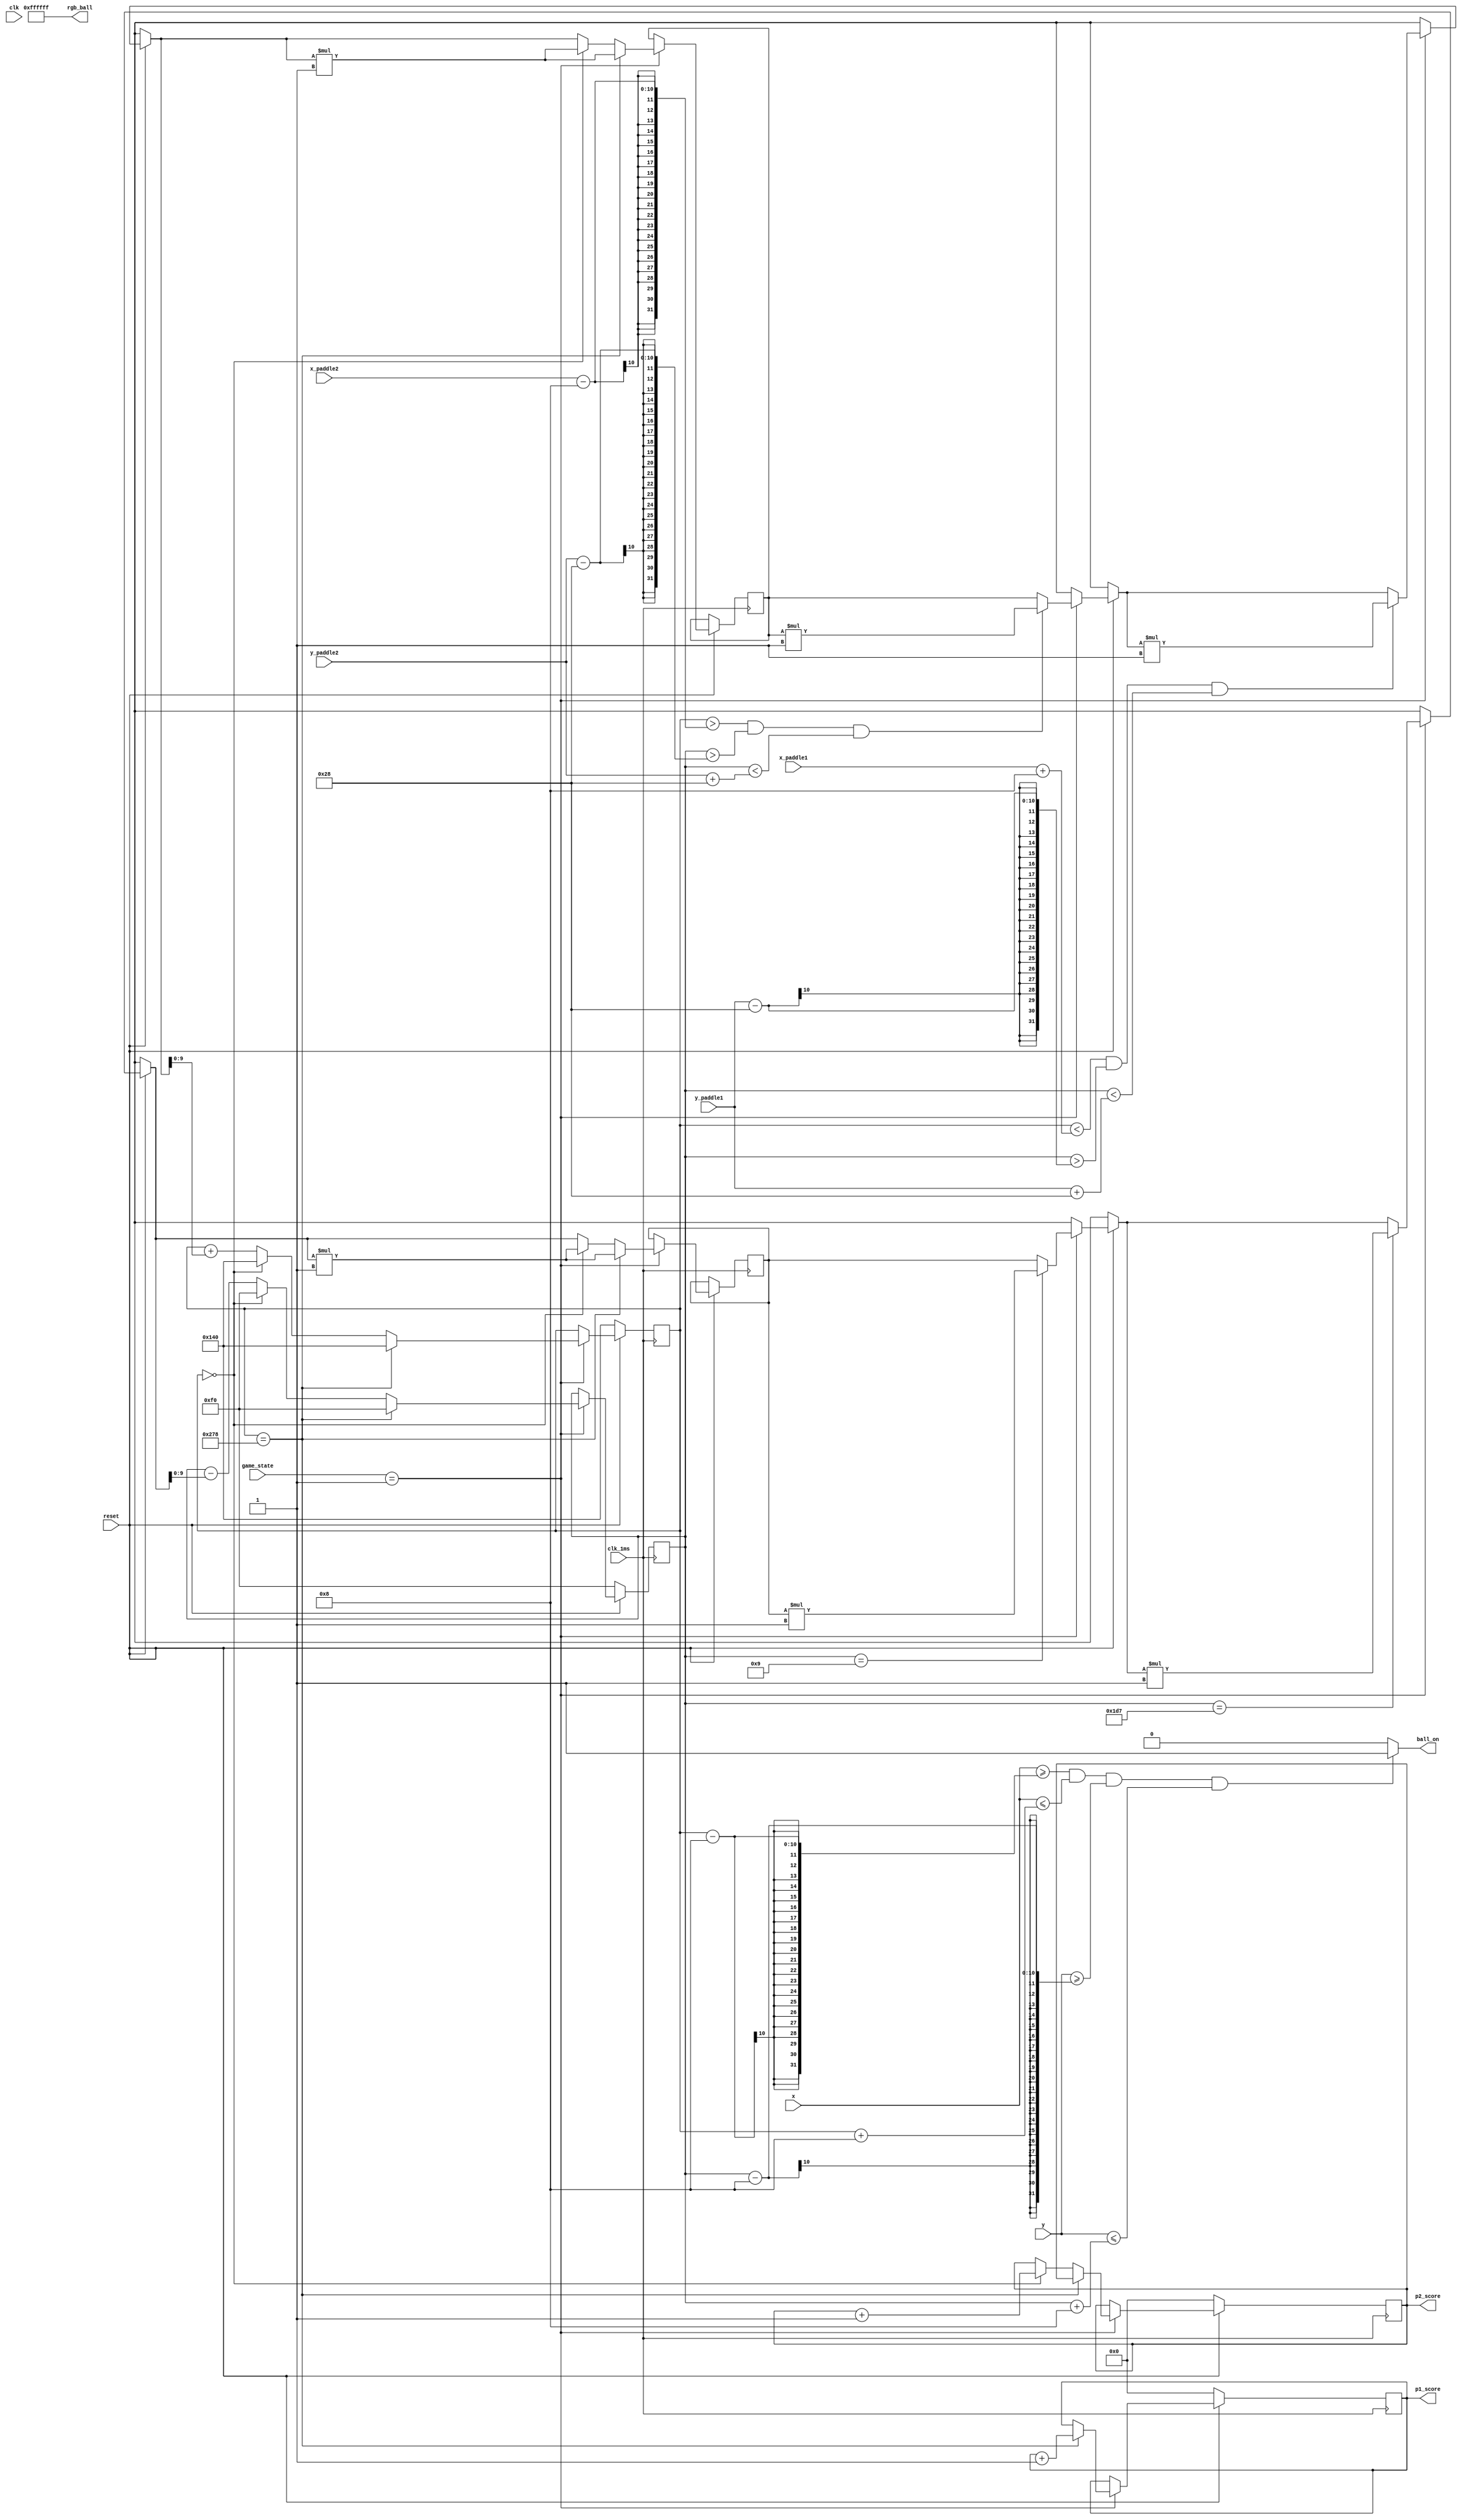
//Make it pretty at the end using variables
module ball(
	input clk,clk_1ms,reset,
	input [9:0] x, y,
	output ball_on,
	output [23:0] rgb_ball,
	input [9:0] x_paddle1, x_paddle2, y_paddle1, y_paddle2,
	output reg [3:0]  p1_score, p2_score,
	input [1:0] game_state
	);
		
	localparam H_ACTIVE	= 640;
	localparam V_ACTIVE	= 480;
	
	localparam ball_width = 16; //horizontal
	localparam ball_height = 16;//vertical

	localparam paddlewidth = 16;
	localparam paddleheight = 80;
	
	integer dx = 1, dy = 1;
	
	reg [9:0] x_ball, y_ball;
		
	always @ (posedge clk_1ms)
	begin
		if(!reset)
		begin
			x_ball <= H_ACTIVE/2;
			y_ball <= V_ACTIVE/2;
			p1_score <= 0;
			p2_score <= 0;	
		end
		else if (game_state == 2'b01)
		begin
			// EDGES
			if (y_ball == (ball_height/2)+1)//Top starting +1
				dy = dy*-1;
			if (y_ball == (V_ACTIVE-(ball_height/2)-1))//Bottom ending -1
				dy = dy*-1;

			// PADDLE COLLISION
			if (x_ball > (x_paddle2-ball_width/2) && y_ball > (y_paddle2 - paddleheight/2) && y_ball < (y_paddle2 + paddleheight/2))
				dx = dx*-1;
			if (x_ball < (x_paddle1+ball_width/2) && y_ball > (y_paddle1 - paddleheight/2) && y_ball < (y_paddle1 + paddleheight/2))
				dx = dx*-1;
			
			if (x_ball == (H_ACTIVE -ball_width/2))//Paddle2 lost
			begin 
				x_ball <= H_ACTIVE/2;
				y_ball <= V_ACTIVE/2;
				dy = dy*-1;
				dx = dx*-1;// change the direction of ball
				p1_score <= p1_score+1;
			end
			else if (x_ball == 0)//Paddle1 lost
			begin 
				x_ball <= H_ACTIVE/2;
				y_ball <= V_ACTIVE/2;
				dy = dy*-1;
				dx = dx*-1;
				p2_score <= p2_score+1;
			end
			else
			begin
				x_ball <= x_ball + dx;
				y_ball <= y_ball - dy;	
			end
		end
		else //IF game is not being played
		begin
			x_ball <= x_ball;
			y_ball <= y_ball;
		end	
	end
		
	assign ball_on = (x >= x_ball-(ball_width/2) && x <= x_ball+(ball_width/2) && y >= y_ball-(ball_height/2) && y <= y_ball+(ball_height/2))?1:0;
	
	assign rgb_ball = 24'b111111111111111111111111;//Silver = 12'b101110111011 skyblue=12'b100011001110 Gold =12'bb111111010000
	
	
	
endmodule